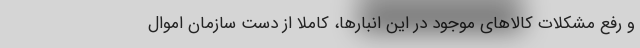
و رفع مشکلات کالاهای موجود در این انبارها، کاملاً از دست سازمان اموال